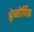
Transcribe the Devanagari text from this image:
श्लेष्मोर्णिक